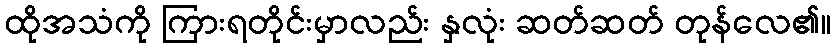
ထိုအသံကို ကြားရတိုင်းမှာလည်း နှလုံး ဆတ်ဆတ် တုန်လေ၏။